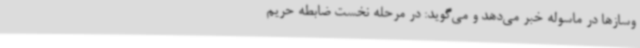
‌وسازها در ماسوله خبر می‌دهد و می‌گوید: در مرحله‌ نخست ضابطه‌ حریم